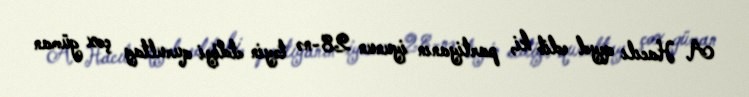
A. Hacılı qeyd edib ki, partiyanın iyunun 28-nə təyin etdiyi qurultay çox güman